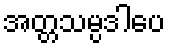
အတ္တသမ္ပဒါပေ